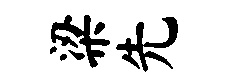
梁先